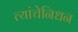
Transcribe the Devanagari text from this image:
त्यांचेनिधन